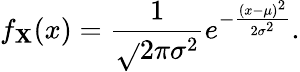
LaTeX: f_{\mathbf{X}}(x)={\frac{{1}}{{\sqrt{}{{2\pi\sigma^{2}}}}}}e^{-{\frac{{(x-\mu)^{2}}}{{2\sigma^{2}}}}}.